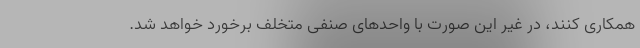
همکاری کنند، در غیر این صورت با واحدهای صنفی متخلف برخورد خواهد شد.